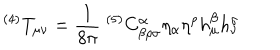
LaTeX: ^ { ( 4 ) } T _ { \mu \nu } = \frac { 1 } { 8 \pi } \; ^ { ( 5 ) } C _ { \beta \rho \sigma } ^ { \alpha } \eta _ { \alpha } \eta ^ { \rho } h _ { \mu } ^ { \beta } h _ { \nu } ^ { \sigma }